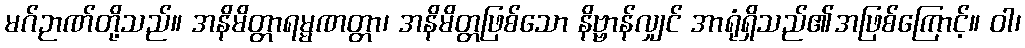
မဂ်ဉာဏ်တို့သည်။ အနိမိတ္တာရမ္မဏတ္တာ၊ အနိမိတ္တဖြစ်သော နိဗ္ဗာန်လျှင် အာရုံရှိသည်၏အဖြစ်ကြောင့်။ ဝါ၊